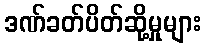
ဒဏ်ခတ်ပိတ်ဆို့မှုများ